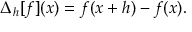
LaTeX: \Delta _ { h } [ f ] ( x ) = f ( x + h ) - f ( x ) .